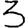
Digit: 3